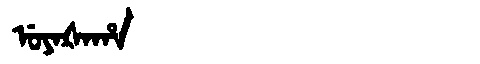
Manchu: ᡠᠶᠠᡧᠠᡥᠠ
Romanization: UYAŠAHA